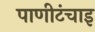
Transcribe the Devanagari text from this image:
पाणीटंचाइ